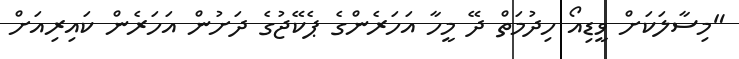
"މިސާލަކަށް ވީޑިއޯ ހިދުމަތް ދޭ މީހާ އަހަރެންގެ ޕެކޭޖުގެ ދަށުން އަހަރެން ކައިރިއަށް